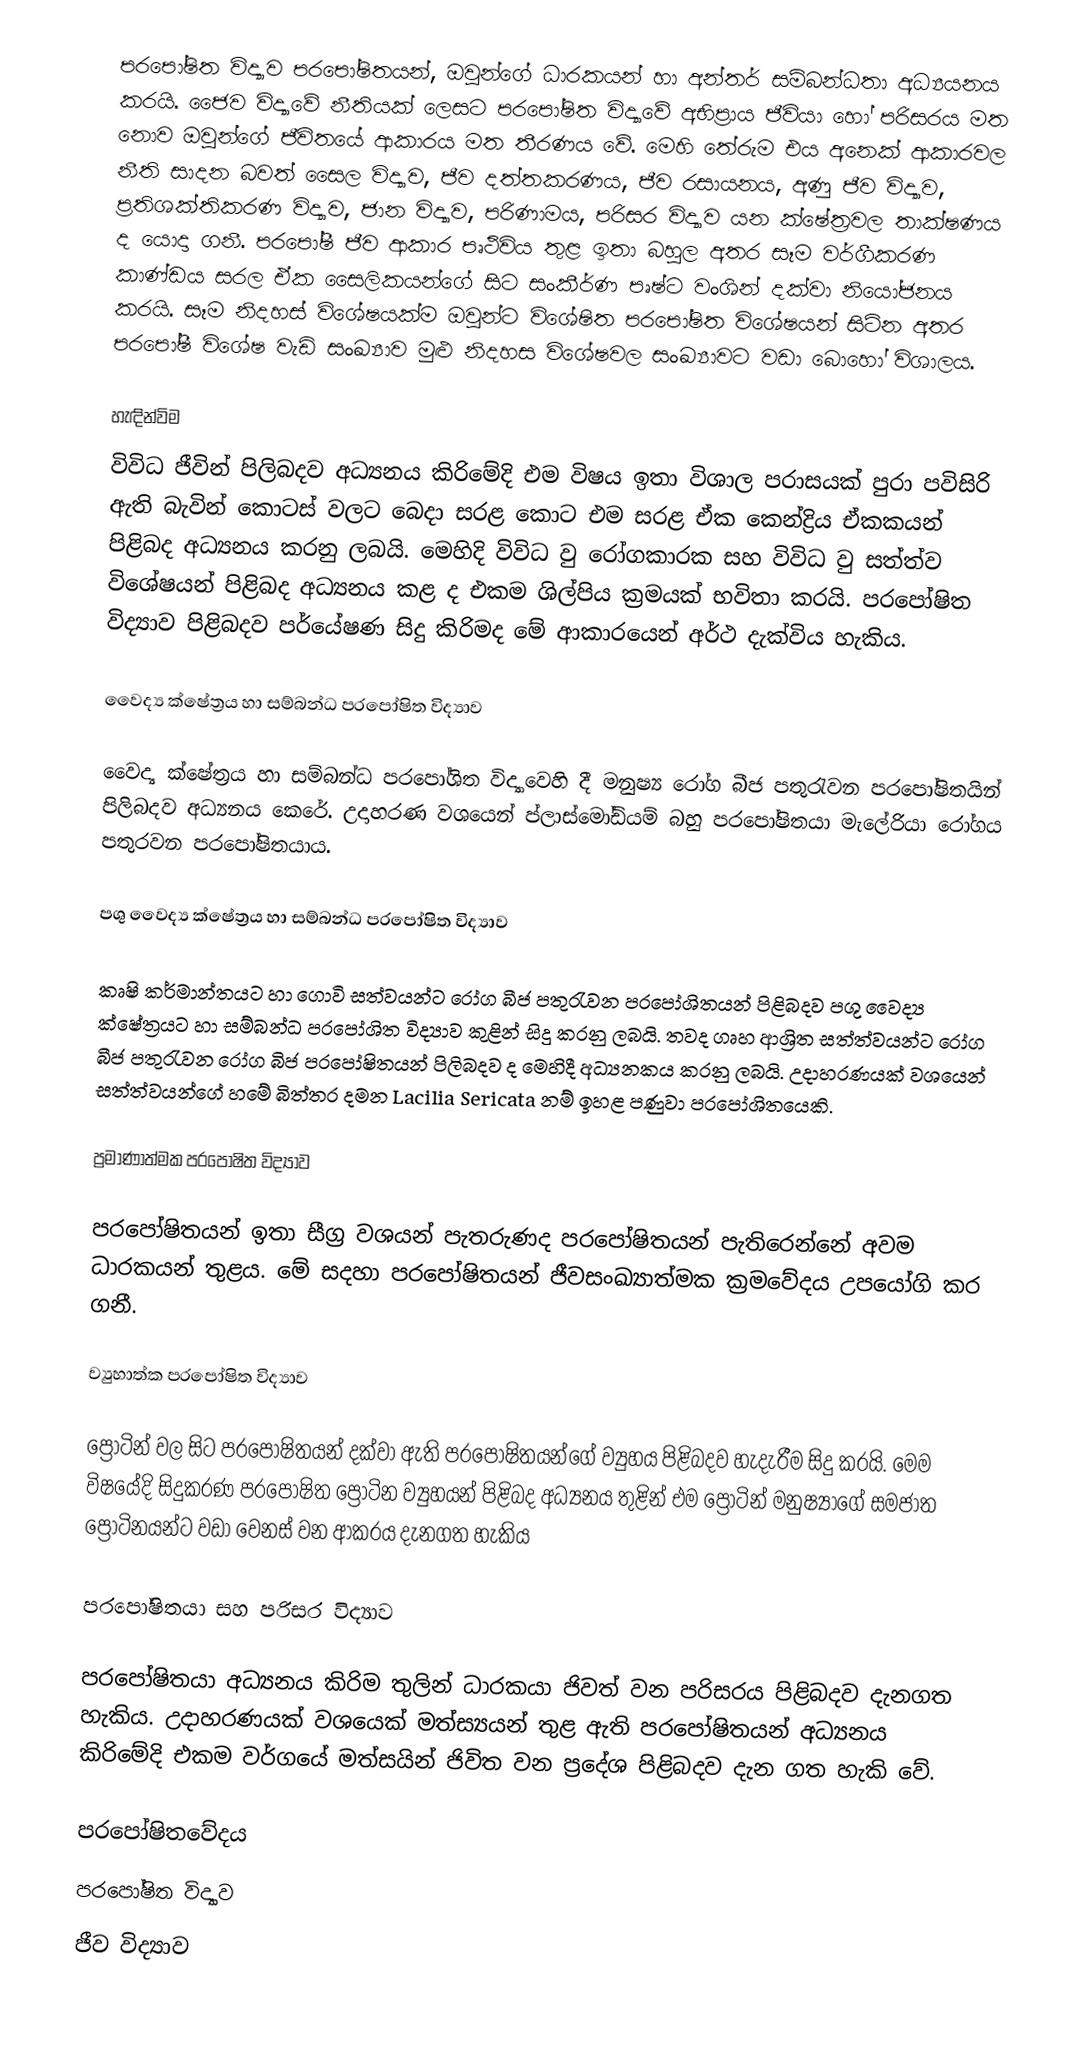
පරපෝෂිත විද්‍යාව පරපෝෂිතයන්, ඔවුන්ගේ ධාරකයන් හා අන්තර් සම්බන්ධතා අධ්‍යයනය කරයි. ජෛව විද්‍යාවේ නීතියක් ලෙසට පරපෝෂිත විද්‍යාවේ අභිප්‍රාය ජීවියා හෝ පරිසරය මත නොව ඔවුන්ගේ ජීවිතයේ ආකාරය මත තීරණය වේ. මෙහි තේරුම එය අනෙක් ආකාරවල නීති සාදන බවත් සෛල විද්‍යාව, ජීව දත්තකරණය, ජීව රසායනය, අණු ජීව විද්‍යාව, ප්‍රතිශක්තිකරණ විද්‍යාව, ජාන විද්‍යාව, පරිණාමය, පරිසර විද්‍යාව යන ක්ෂේත්‍රවල තාක්ෂණය ද යොදා ගනී. පරපෝෂී ජීව ආකාර පෘථිවිය තුළ ඉතා බහුල අතර සෑම වර්ගීකරණ කාණ්ඩය සරල ඒක සෛලිකයන්ගේ සිට සංකීර්ණ පෘෂ්ට වංශින් දක්වා නියෝජනය කරයි. සෑම නිදහස් විශේෂයක්ම ඔවුන්ට විශේෂිත පරපෝෂිත විශේෂයන් සිටින අතර පරපෝෂී විශේෂ වැඩි සංඛ්‍යාව මුළු නිදහස විශේෂවල සංඛ්‍යාවට වඩා බොහෝ විශාලය.

හැඳින්විම
විවිධ ජීවින් පිලිබදව අධ්‍යනය කිරිමේදි එම විෂය ඉතා විශාල පරාසයක් පුරා පවිසිරි ඇති බැවින් කොටස් වලට බෙදා සරළ කොට එම සරළ ඒක කෙන්ද්‍රිය ඒකකයන් පිළිබද අධ්‍යනය කරනු ලබයි. මෙහිදි විවිධ වු රෝගකාරක සහ විවිධ වු සත්ත්ව විශේෂයන් පිළිබද අධ්‍යනය කළ ද එකම ශිල්පිය ක්‍රමයක් භවිතා කරයි. පරපෝෂිත විද්‍යාව පිළිබදව පර්යේෂණ සිදු කිරිමද මේ ආකාරයෙන් අර්ථ දැක්විය හැකිය.

වෛද්‍ය ක්ෂේත්‍රය හා සම්බන්ධ පරපෝෂිත විද්‍යාව

වෛද්‍ය ක්ෂේත්‍රය හා සම්බන්ධ පරපෝශිත විද්‍යාවෙහි දී මනුෂ්‍ය රෝග බීජ පතුරැවන පරපෝෂිතයින් පිලිබදව අධ්‍යනය කෙරේ. උදාහරණ වශයෙන් ප්ලාස්මෝඩියම් බහු පරපෝෂිතයා මැලේරියා රෝගය පතුරවන පරපෝෂිතයාය.

පශු වෛද්‍ය ක්ෂේත්‍රය හා සම්බන්ධ පරපෝෂිත විද්‍යාව

කෘෂි කර්මාන්තයට හා ගොවි සත්වයන්ට රෝග බීජ පතුරැවන පරපෝශිතයන් පිළිබදව පශු වෛද්‍ය ක්ෂේත්‍රයට හා සම්බන්ධ පරපෝශිත විද්‍යාව කුළින් සිදු කරනු ලබයි. තවද ගෘහ ආශ්‍රිත සත්ත්වයන්ට රෝග බීජ පතුරැවන රෝග බිජ පරපෝෂිතයන් පිලිබදව ද මෙහිදී අධ්‍යනකය කරනු ලබයි. උදාහරණයක් වශයෙන් සත්ත්වයන්ගේ හමේ බිත්තර දමන Lacilia Sericata  නම් ඉහළ පණුවා පරපෝශිතයෙකි.

ප්‍රමාණාත්මක පරපෝෂිත විද්‍යාව

පරපෝෂිතයන් ඉතා සීග්‍ර වශයන් පැතරුණද පරපෝෂිතයන් පැතිරෙන්නේ අවම ධාරකයන් තුළය. මේ සදහා පරපෝෂිතයන් ජීවසංඛ්‍යාත්මක ක්‍රමවේදය උපයෝගි කර ගනී.

ව්‍යුහාත්ක පරපෝෂිත විද්‍යාව

ප්‍රෝටින් වල සිට පරපෝෂිතයන් දක්වා ඇති පරපෝෂිතයන්ගේ ව්‍යුහය පිළිබදව හැදැරීම සිදු කරයි. මෙම විෂයේදි සිදුකරණ පරපෝෂිත ප්‍රෝටින ව්‍යුහයන් පිළිබද අධ්‍යනය තුළින් එම ප්‍රෝටින් මනුෂ්‍යාගේ සමජාත ප්‍රෝටිනයන්ට වඩා වෙනස් වන ආකරය දැනගත හැකිය

පරපෝෂිතයා සහ පරිසර විද්‍යාව

පරපෝෂිතයා අධ්‍යනය කිරිම තුලින් ධාරකයා ජිවත් වන පරිසරය පිළිබදව දැනගත හැකිය. උදාහරණයක් වශයෙක් මත්ස්‍යයන් තුළ ඇති පරපෝෂිතයන් අධ්‍යනය කිරිමේදි එකම වර්ගයේ මත්සයින් ජිවිත වන ප්‍රදේශ පිළිබදව දැන ගත හැකි වේ.

පරපෝෂිතවේදය
පරපෝෂිත විද්‍යාව
ජීව විද්‍යාව